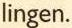
lingen.